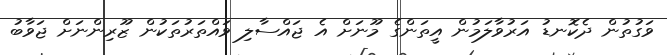
ވަގުތުން ދެކޮނޑު އަރުވާލަމުން އީތަންގެ މޫނަށް އެ ޖައްސާލި ވައްތަރުތަކުން ޒޫރިންނަށް ޖަވާބު